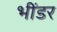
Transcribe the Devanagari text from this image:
भींडर